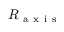
R _ { \mathrm { ~ a ~ x ~ i ~ s ~ } }